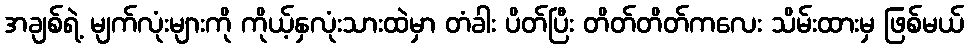
အချစ်ရဲ့ မျက်လုံးများကို ကိုယ့်နှလုံးသားထဲမှာ တံခါး ပိတ်ပြီး တိတ်တိတ်ကလေး သိမ်းထားမှ ဖြစ်မယ်